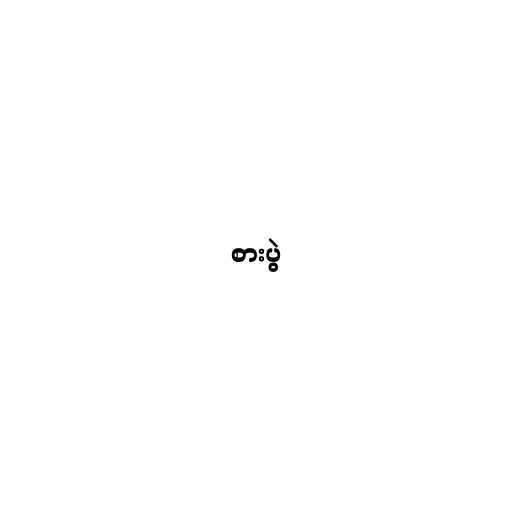
စားပွဲ